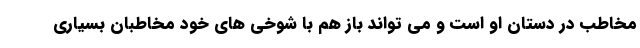
مخاطب در دستان او است و می تواند باز هم با شوخی های خود مخاطبان بسیاری